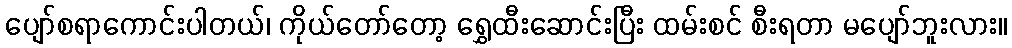
ပျော်စရာကောင်းပါတယ်၊ ကိုယ်တော်တော့ ရွှေထီးဆောင်းပြီး ထမ်းစင် စီးရတာ မပျော်ဘူးလား။